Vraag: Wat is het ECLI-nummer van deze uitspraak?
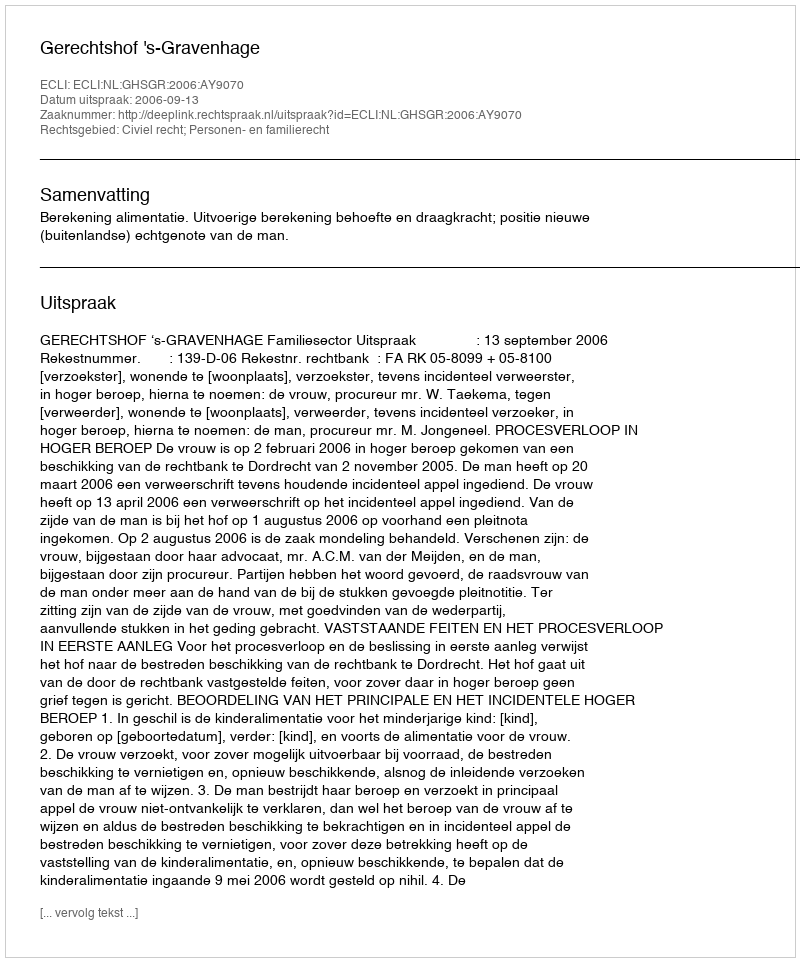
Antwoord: ECLI:NL:GHSGR:2006:AY9070